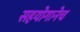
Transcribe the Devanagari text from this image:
सहयोगानेच